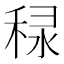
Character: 𥞾